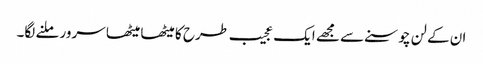
ان کے لن چوسنے سے مجھے ایک عجیب طرح کا میٹھا میٹھا سرور ملنے لگا۔